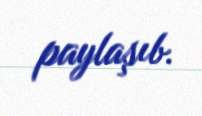
paylaşıb.